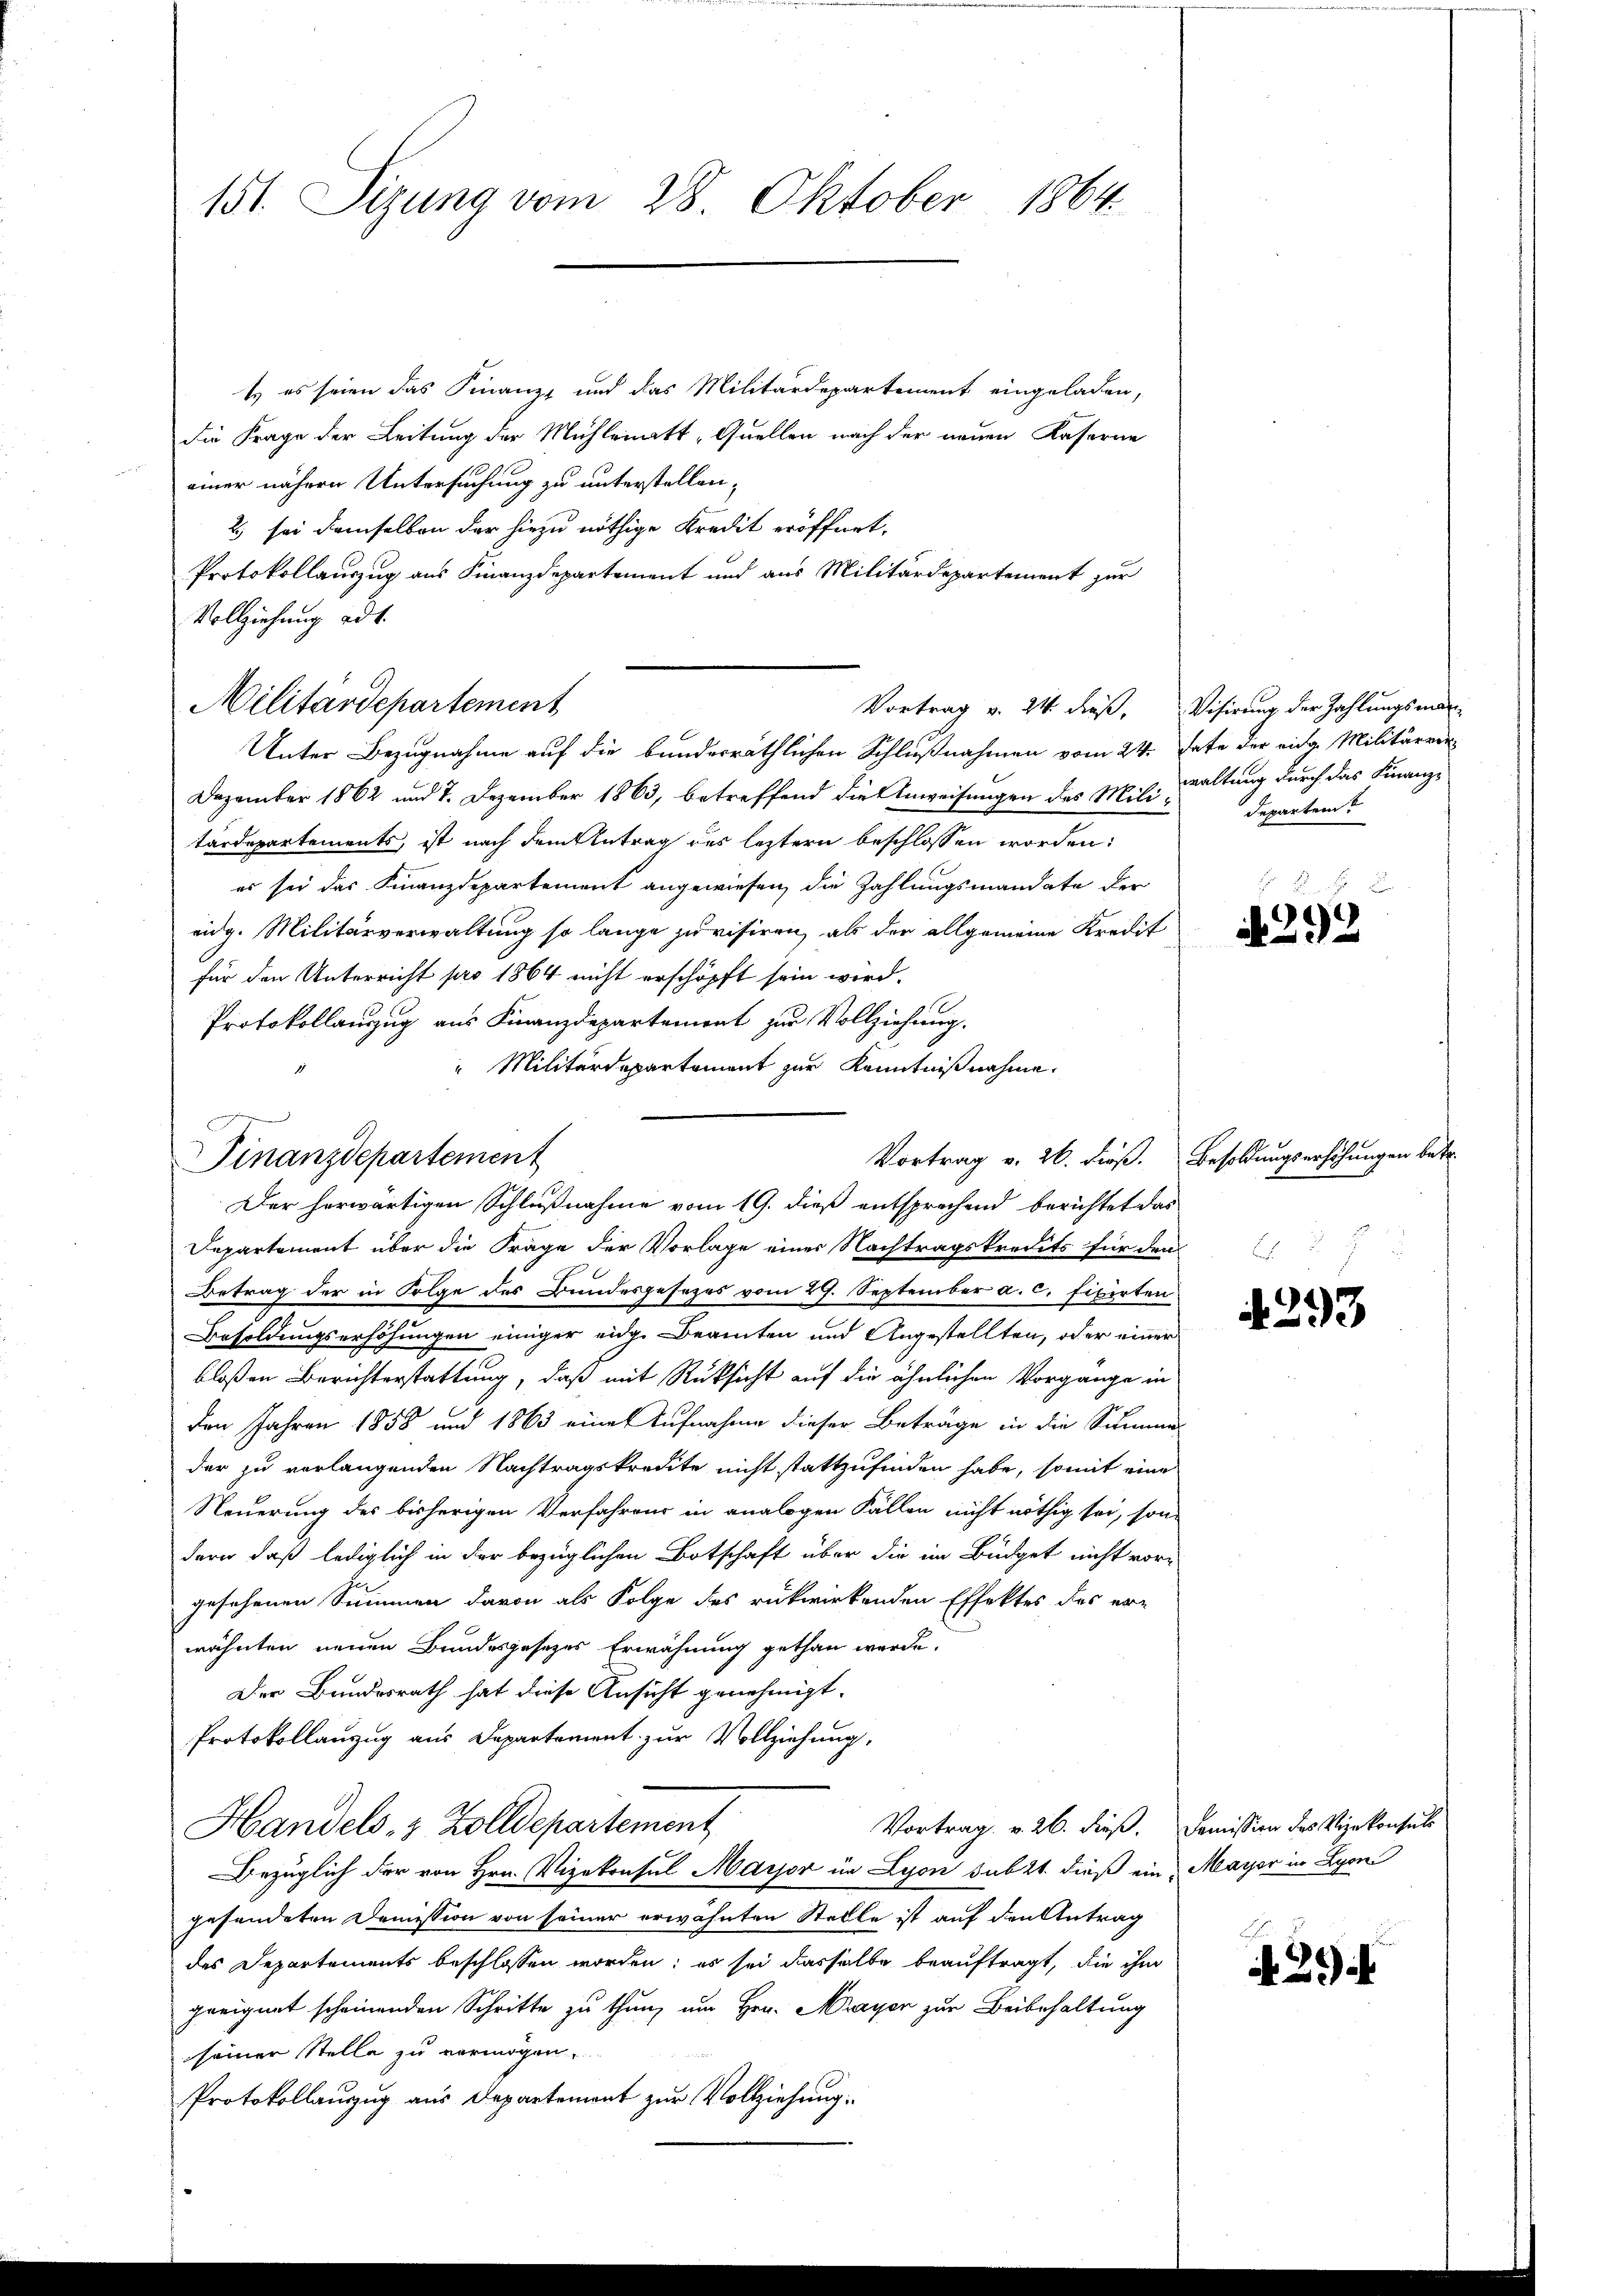
151. Sizung vom 28. Oktober 1864

t es seien das Finanze und das Militärdepartement eingeladen,
die Frage der Leitung der Mühlenmatt „Quellen nach der neuen Kaserne
einer nähren Untersuchung zu unterstellen,
2 sei demselben der hiezu nöthige Kredit eröffnet.
Protokollauszug aus Finanzdepartement und aus Militärdepartement zur
Vollziehung ad 1.
Militärdepartement
Unter Bezugnahme auf die bundesräthlichen Schlußnahmen vom 24. Jete der eidg. Militärrer
Dezember 1862 und 7. Dezember 1863, betreffend die Anweisungen des Militärdepartements, ist nach dem Antrag des leztern beschlossen worden:
es sei der Finanzdepartement angewiesen, die Zahlungsmandate der
eidg. Militärverwaltung so lange provisiren, als der allgemeine Kredit
für den Unterricht pro 1864 nicht erschöpft sein wird.
Protokollauszug aus Finanzdepartement zur Vollziehung.
" Militärdepartement zur Kenntnißnahme.
Departement über die Frage der Vorlage einer Nachtragskredits für den
Betrag der in Folge des Bundesgesezes vom 29. September a. c. fixirten
Besoldungserhöhungen einiger eidg. Beamten und Angestellten, oder einer
bloßen Berichterstattung, daß mit Rüksicht auf die ähnlichen Vorgange in
den Jahren 1858 und 1863 eine Aufnahme dieser Beträge in die Summe
der zu verlangenden Nachtragskredite nicht stattzufinden habe, somit eine
Steuerung des bisherigen Verfahrens in analogen Fällen nicht nöthig sei, son
dern, daß lediglich in der bezüglichen Botschaft über die im Büdget nicht vor-
gesehenen Summen davon als Folge des rükwirkenden Effektes des er-
wähnten neuen Bundesgesezes Erwähnung gethan werde.
Der Bundesrath hat diese Ansicht genehmigt.
Protokollanzug aus Departement zur Vollziehung,
Vortrag v. 26. dieß. Domission des Vizekonsuls
Handels- & Zolldepartement
Bezüglich der von Hrn. Vizekonsul Major in Lyon sub 21. dieß ein-
gesendeten Demission von seiner erwähnten Stelle ist auf den Antrag
des Departements beschlossen worden; es sei dasselbe beauftragt, die ihm
geeignet scheinenden Schritte zu thun, um Hrn. Mayer zur Beibehaltung
seiner Stelle zu vermögen.
Protokollauszug aus Departement zur Vollziehung.

Vortrag v. 21. dieß,

b
Vortrag v. 26. dieß. Besoldungserhöhungen betr.
Finanzdepartement
Der herwärtigen Schlußnahme vom 19. dieß entsprechend berichtet das

Visirung der Zahlungsmanwaltung durch das Finanz-
departen.

A 292

4293

Mayor in Lyon

.29)